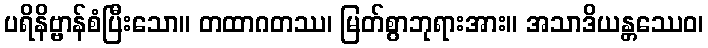
ပရိနိဗ္ဗာန်စံပြီးသော။ တထာဂတဿ၊ မြတ်စွာဘုရားအား။ အသာဒိယန္တဿေဝ၊